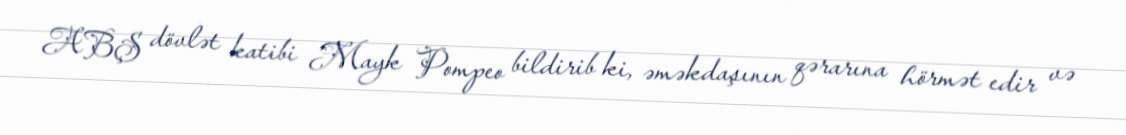
ABŞ dövlət katibi Mayk Pompeo bildirib ki, əməkdaşının qərarına hörmət edir və